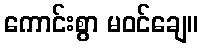
ကောင်းစွာ မဝင်ချေ။